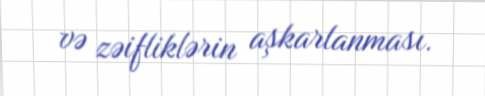
və zəifliklərin aşkarlanması.